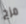
مزج